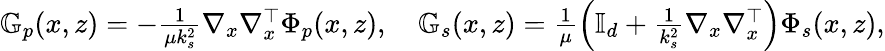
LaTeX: \begin{array}{r}{\mathbb{G}_{p}(x,z)=-\frac{1}{\mu k_{s}^{2}}\nabla_{x}\nabla_{x}^{\top}\Phi_{p}(x,z),\quad\mathbb{G}_{s}(x,z)=\frac{1}{\mu}\left(\mathbb{I}_{d}+\frac{1}{k_{s}^{2}}\nabla_{x}\nabla_{x}^{\top}\right)\Phi_{s}(x,z),}\end{array}